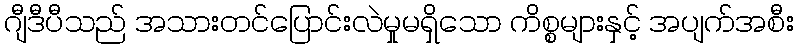
ဂျီဒီပီသည် အသားတင်ပြောင်းလဲမှုမရှိသော ကိစ္စများနှင့် အပျက်အစီး